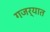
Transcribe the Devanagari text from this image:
गजर्‍यात